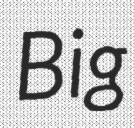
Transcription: Big